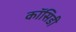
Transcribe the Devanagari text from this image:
कॉसिडी